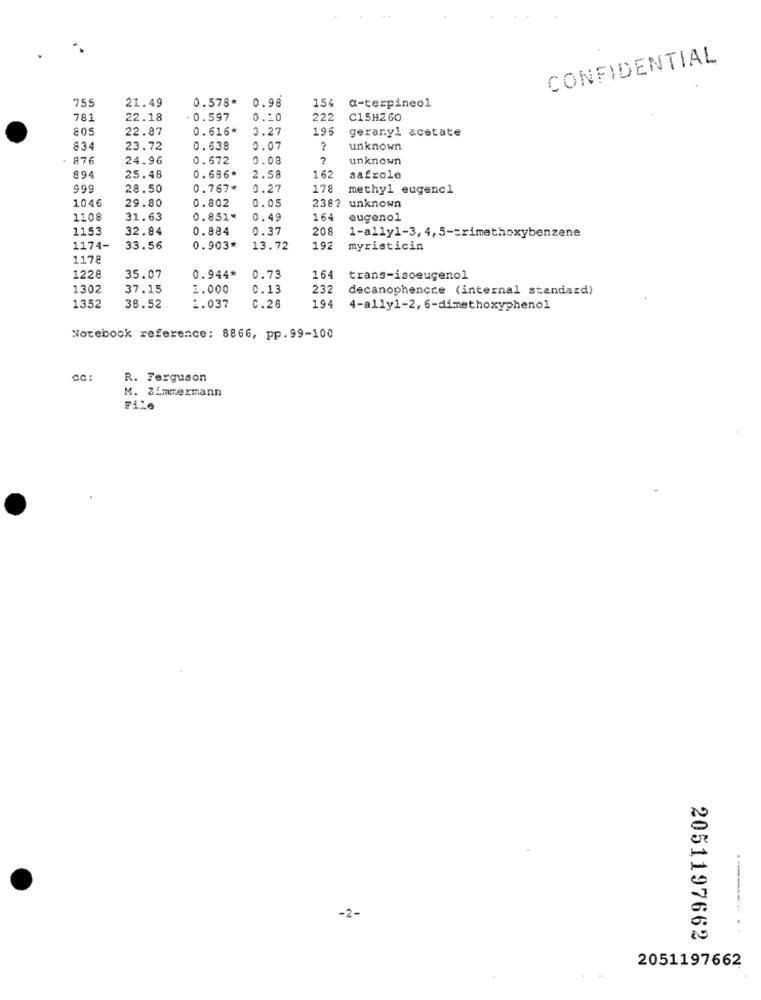
CONFIDENTIAL
75
21.49
0.578*
0.98
154
a-terpineol
781
22.18
. 0.597
222
C15H260
805
22.87
0.616*
0.27
195
geraryl acetate
83
23.72
0.638
0.07
unknown
876
24.96
0.672
0.08
?
unknown
89
25.48
0.686*
2.58
162
safrole
999
28.50
0.767*
0.27
178
methyl eugenc1
1046
29.80
0.802
0.05
2383 unknown
1108
31.63
0.851*
0.49
164
eugenol
1153
32.84
0.884
0.37
208
1-ally1-3, 4, 5-trimethoxybenzene
1174-
33.56
0.903*
13.72
192
myristicin
1178
1228
35.07
0.944*
0.75
164
trans-isoeugenol
1302
37.15
1.000
0.13
232
decanophencce (internal standard)
194
1352
38.52
1.037
C.26
4-ally1-2, 6-dimethoxyphenol
Notebook reference: 8866, pp.99-100
R. Ferguson
M. Zimmermann
File
-2-
......... . .
2051197662
2051197662